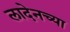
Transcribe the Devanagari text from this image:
लादेनच्या